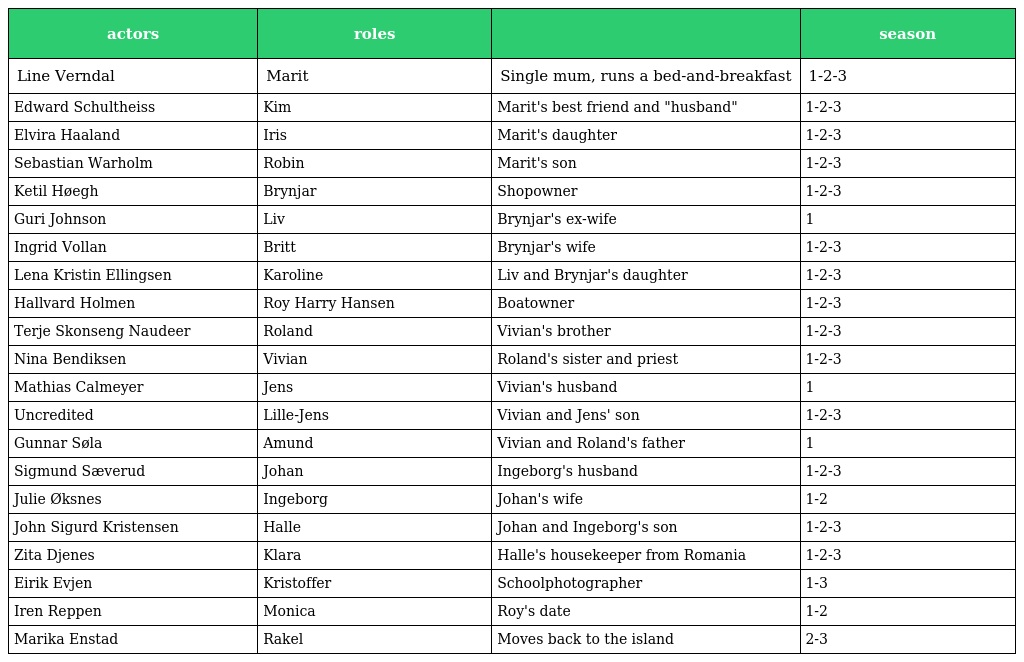
| actors | roles |  | season |
 | --- | --- | --- | --- |
 | Line Verndal | Marit | Single mum, runs a bed-and-breakfast | 1-2-3 |
 | Edward Schultheiss | Kim | Marit's best friend and "husband" | 1-2-3 |
 | Elvira Haaland | Iris | Marit's daughter | 1-2-3 |
 | Sebastian Warholm | Robin | Marit's son | 1-2-3 |
 | Ketil Høegh | Brynjar | Shopowner | 1-2-3 |
 | Guri Johnson | Liv | Brynjar's ex-wife | 1 |
 | Ingrid Vollan | Britt | Brynjar's wife | 1-2-3 |
 | Lena Kristin Ellingsen | Karoline | Liv and Brynjar's daughter | 1-2-3 |
 | Hallvard Holmen | Roy Harry Hansen | Boatowner | 1-2-3 |
 | Terje Skonseng Naudeer | Roland | Vivian's brother | 1-2-3 |
 | Nina Bendiksen | Vivian | Roland's sister and priest | 1-2-3 |
 | Mathias Calmeyer | Jens | Vivian's husband | 1 |
 | Uncredited | Lille-Jens | Vivian and Jens' son | 1-2-3 |
 | Gunnar Søla | Amund | Vivian and Roland's father | 1 |
 | Sigmund Sæverud | Johan | Ingeborg's husband | 1-2-3 |
 | Julie Øksnes | Ingeborg | Johan's wife | 1-2 |
 | John Sigurd Kristensen | Halle | Johan and Ingeborg's son | 1-2-3 |
 | Zita Djenes | Klara | Halle's housekeeper from Romania | 1-2-3 |
 | Eirik Evjen | Kristoffer | Schoolphotographer | 1-3 |
 | Iren Reppen | Monica | Roy's date | 1-2 |
 | Marika Enstad | Rakel | Moves back to the island | 2-3 |